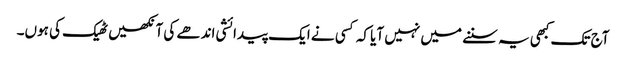
‏ آج تک کبھی یہ سننے میں نہیں آیا کہ کسی نے ایک پیدائشی اندھے کی آنکھیں ٹھیک کی ہوں۔